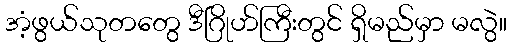
အံ့ဖွယ်သုတတွေ ဒီဂြိုဟ်ကြီးတွင် ရှိမည်မှာ မလွဲ။